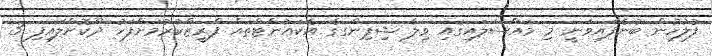
ފުލުހުން ބުނެފައިވަނީ މި މައްސަލައިގައި ވިލާ ޝިޕިންގގެ އެކައުންޓްތައް ފްރީޒްކުރުމަށްފަހު ދޫކޮށްލައިފި 3